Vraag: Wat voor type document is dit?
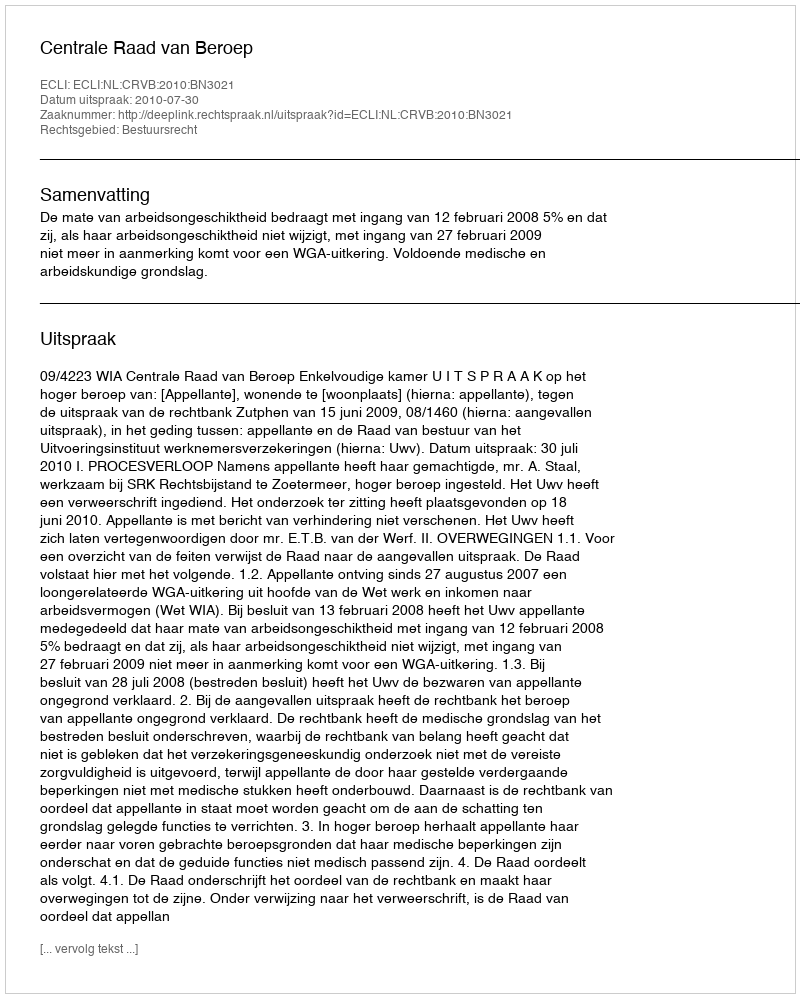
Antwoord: Uitspraak